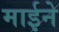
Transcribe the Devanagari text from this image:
माईने